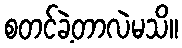
စတင်ခဲ့တာလဲမသိ။